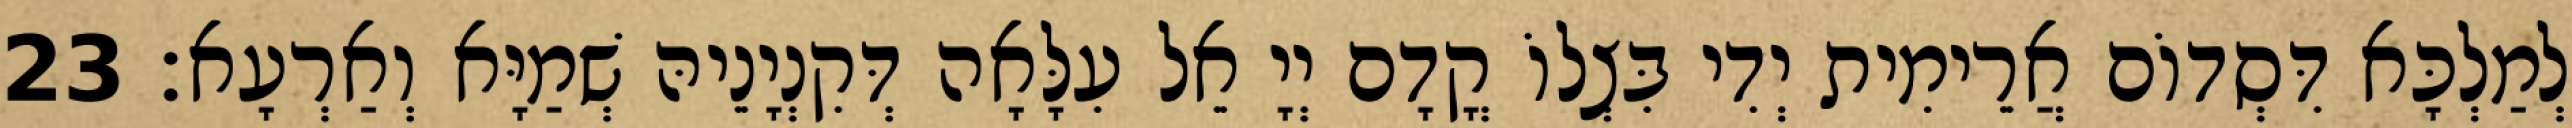
לְמַלְכָּא דִּסְדוֹם אֲרֵימִית יְדִי בִּצְלוֹ קֳדָם יְיָ אֵל עִלָּאָה דְּקִנְיָנֵיהּ שְׁמַיָּא וְאַרְעָא׃ 23